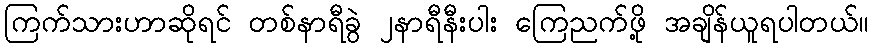
ကြက်သားဟာဆိုရင် တစ်နာရီခွဲ ၂နာရီနီးပါး ကြေညက်ဖို့ အချိန်ယူရပါတယ်။